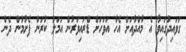
ގަވައިދުގައިވާ އެ މާއްދާއަށް އެހާ އަވަހަށް ޑްރައިވަރުން އަމަލު ކުރަން ފެށުމުން ދެން